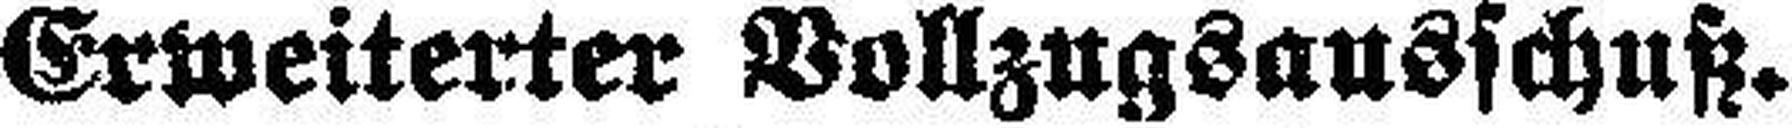
Erweiterter Vollzugsausschuß.